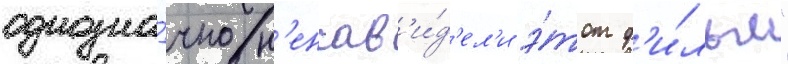
однозна́чно н'енав'и́д'ел'и э́тот ф'и́льм"